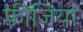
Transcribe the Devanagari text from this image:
फ़ीजिया